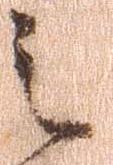
之